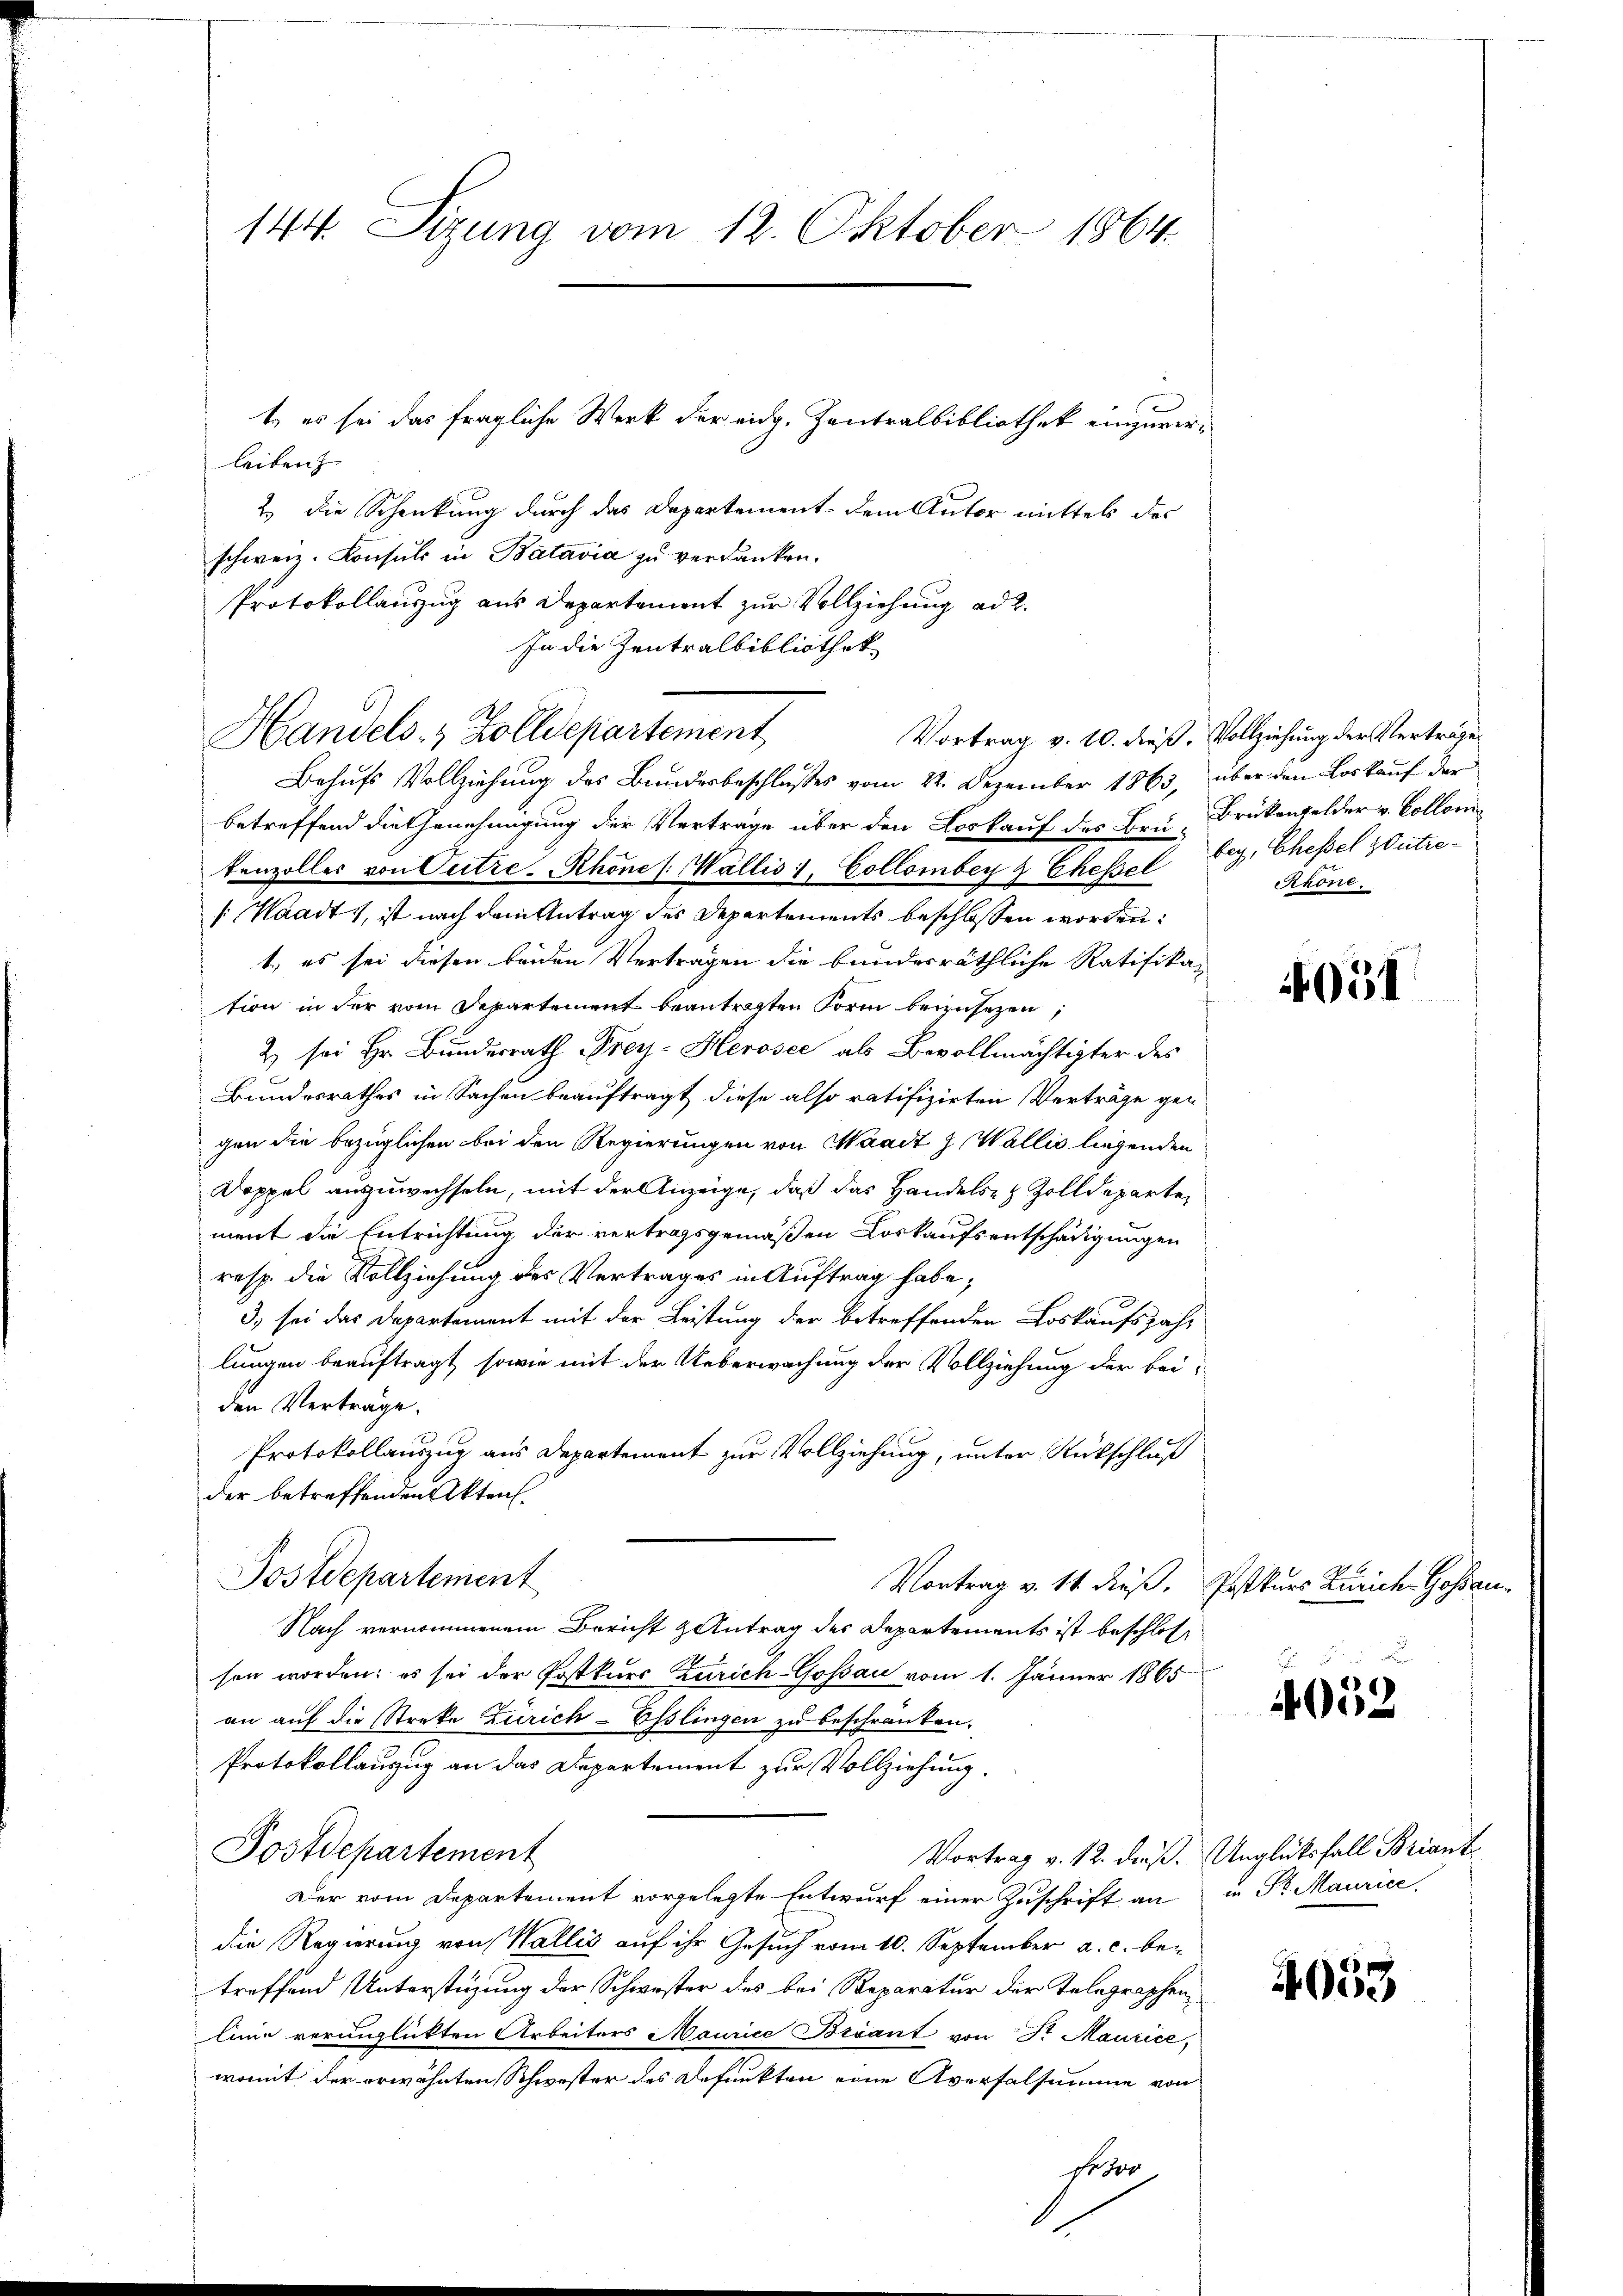
144. Sizung vom 12. Oktober 1864.

leiben
2.) Die Schenkung durch das Departement dem Autor mittels des
schweiz. Konsuls in Batavia zu verdanken.
Protokollauszug aus Departement zur Vollziehung ad 2.
In die Zentralbibliothek
S.
Handels- & Zolldepartement
Behufs Vollziehung des Bundesbeschlußes vom 22. Dezember 1863, über den Loskauf der
betreffend die Genehmigung der Verträge über den Loskauf des Bei Brükengelder v. Collom
kenzoller von Outre-Rhones Wallis 1, Collomber & Chefsel bey, Chessel zutre¬
(Waadt, ist nach dem Antrag des Departements beschlossen worden:
t., es sei diesen beiden Vertragen die bundesräthliche Ratifikation in der vom Departement beantragten Form beizusetzen,
2) sei Hr. Bundesrath Frey- Herosec als Bevollmächtigter des
Bundesrathes in Sachen beauftragt diese also ratifizirten Verträge gen
gen die bezüglichen bei den Regierungen von Waadt z. Wallis liegenden
Doppel auszuwechseln, mit der Anzeige, daß das Handels- & Zolldepartement die Entrichtung der vertragsgemäßen Loskaufsentschädigungen
resp. die Vollziehung des Vertrages in Auftrag habe;
3) sei das Departement mit der Leistung der betreffenden Loskaufsjahr
lungen beauftragt, sowie mit der Ueberwachung der Vollziehung der bei-
den Verträge.
Protokollauszug aus Departement zur Vollziehung, unter Rückschluß
der betreffenden Akten.
Postdepartement
Vortrag v. 14. dieß. Postkurs Zürich Gossau-
Nach vernommenem Bericht & Antrag des Departements ist beschlossen worden; es sei der Postkurs Zürich-Gossau vom 1. Jänner 1865
an auf die Streke Zürich-Esslingen zu beschränken.
Protokollauszug an das Departement zur Vollziehung.
Postdepartement
Vortrag v. 12. dieß. Unglücksfall Briant
Der vom Departement vorgelegte Entwurf einer Zuschrift an in St. Maurice
die Regierung von Wallis auf ihr Gesuch vom 10. September a. c. betreffend Unterstüzung der Schwester des bei Reparatur der Telegraphenlinie verunglickten Arbeiters Maurice Bisant von Sr Maurice,
womit der erwähnten Schwester des Befunkten eine Aversalsumme von
se 100

1) es sei das fragliche Werk der eidg. Zentralbibliothek einzuver¬

Vortrag v. 10. dieß. Vollziehung der Verträge

Rhone.

051

4052

4053